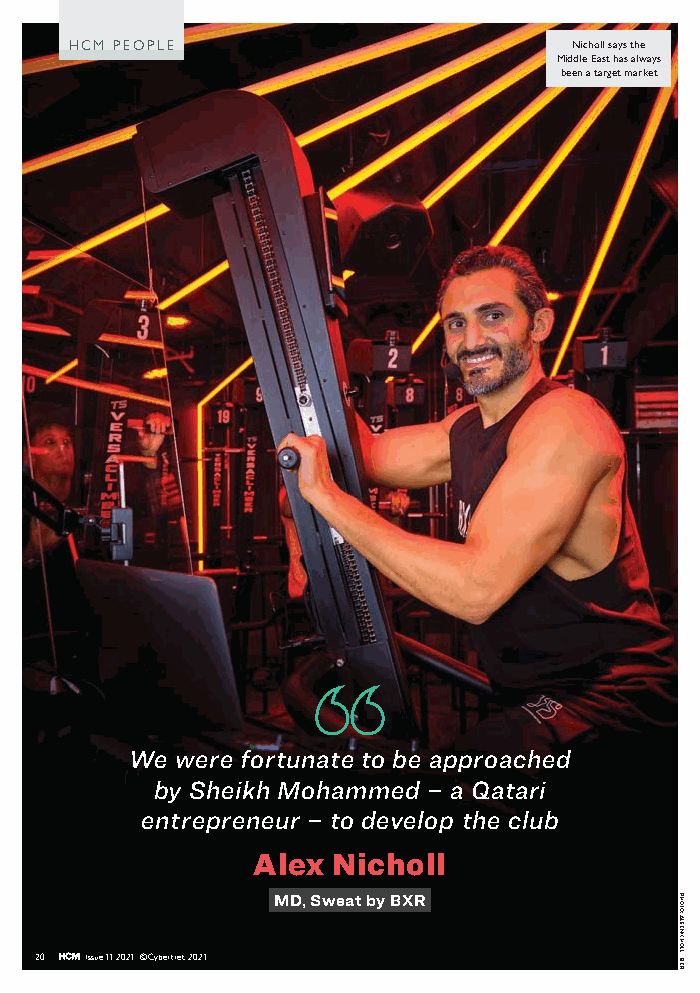
HHCCMM PPEEOOPPLLEE              Nicholl says the
 Middle East has always
 been a target market
 We were fortunate to be approached
 by Sheikh Mohammed – a Qatari
 entrepreneur – to develop the club
 Alex Nicholl
 MD, Sweat by BXR
 20  Issue 11 2021 ©Cybertrek 2021
 PHOTO:
 ALEX
 NICHOLL
 - BXR